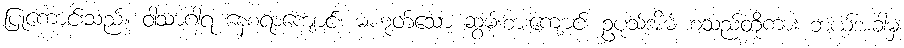
ပြုကောင်းသည်။ ဝါသာဂါရ နေစရာကျောင်း မဟုတ်သော ဆွမ်းစားကျောင်း ဥပုသ်အိမ် စသည်တို့ကား ဘယ်အခါမှ